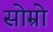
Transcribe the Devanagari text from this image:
सोम्रो